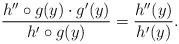
LaTeX: \begin{align*} \frac{h''\circ g(y)\cdot g'(y)}{h'\circ g(y)} = \frac{h''(y)}{h'(y)}.\end{align*}